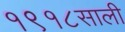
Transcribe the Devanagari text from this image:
१९१८साली